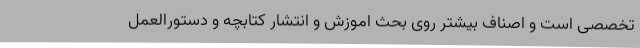
تخصصی است و اصناف بیشتر روی بحث اموزش و انتشار کتابچه و دستورالعمل